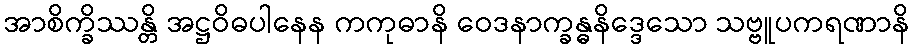
အာစိက္ခိဿန္တိ အဋ္ဌဝိဓပါနေန ကကုဓာနိ ဝေဒနာက္ခန္ဓနိဒ္ဒေသော သဗ္ဗူပကရဏာနိ